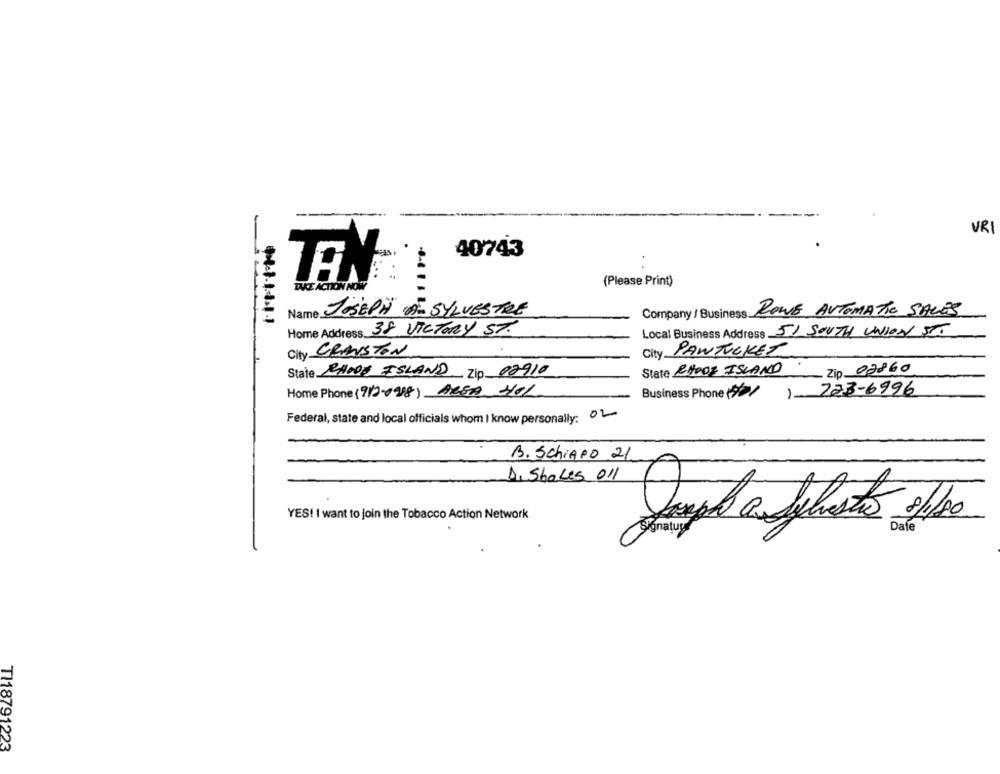
-
VR
40743
(Please Print)
TAKE ACTION NOW
Name JOSEPH À SYLVESTRE
Company / Business ROWE AUTOMATIC SALES
11.1.1.1.1.1
Home Address 38 VICTORY ST.
Local Business Address 51 SOUTH UNION STO
City CRANSTON
City PAWTUCKET
State RHODE ISLAND
. Zip 02860
State RHODE ISLAND Zip 02910
Home Phone (7/2-0918) ALSA HOL
Business Phone(+/
)- 723-6996
Federal, state and local officials whom I know personally: 02
B. SchiAPo 21
D. Shakes 011
YES! I want to join the Tobacco Action Network
Jumpla Silvestro filho
TI18791223